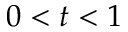
0 < t < 1